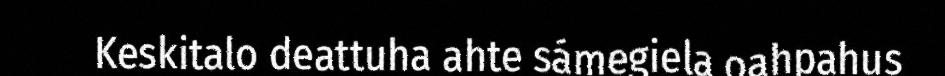
Keskitalo deattuha ahte sámegiela oahpahus